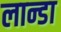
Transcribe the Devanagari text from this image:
लान्डा